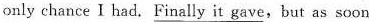
only chance I had. \underline{Finally it gave},but as soon